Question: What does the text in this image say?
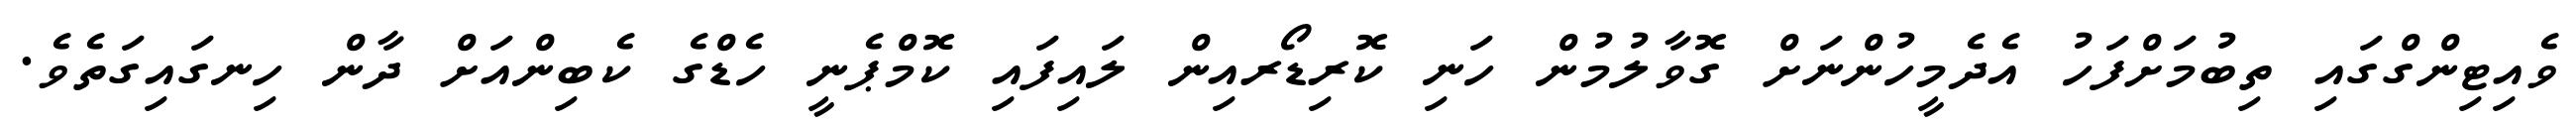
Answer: ވެއިޓިންގްގައި ތިބުމަށްފަހު އެދެމީހުންނަށް ގޮވާލުމުން ހަނި ކޮރިޑޯރއިން ލައިފައި ކޮމްޕެނީ ހެޑްގެ ކެބިންއަށް ދާން ހިނގައިގަތެވެ.